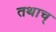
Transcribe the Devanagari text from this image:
तथाच्